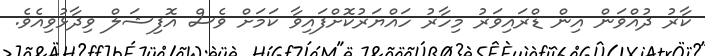
ކާރު ދުއްވަން އިން ޑްރައިވަރު މިހާރު ހައްޔަރުކޮށްފައިވާ ކަމަށް ވެސް އޮފިޝަލް ވިދާޅުވިއެވެ.